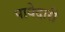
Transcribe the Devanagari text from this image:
पायेदारी